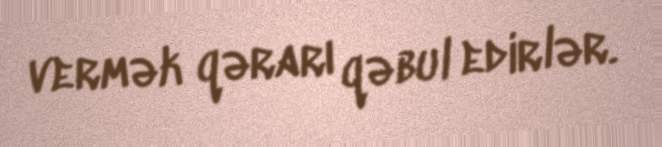
vermək qərarı qəbul edirlər.